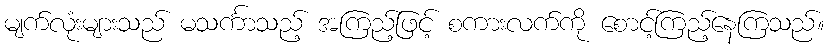
မျက်လုံးများသည် မသင်္ကာသည့် အကြည့်ဖြင့် စကားလက်ကို စောင့်ကြည့်နေကြသည်။